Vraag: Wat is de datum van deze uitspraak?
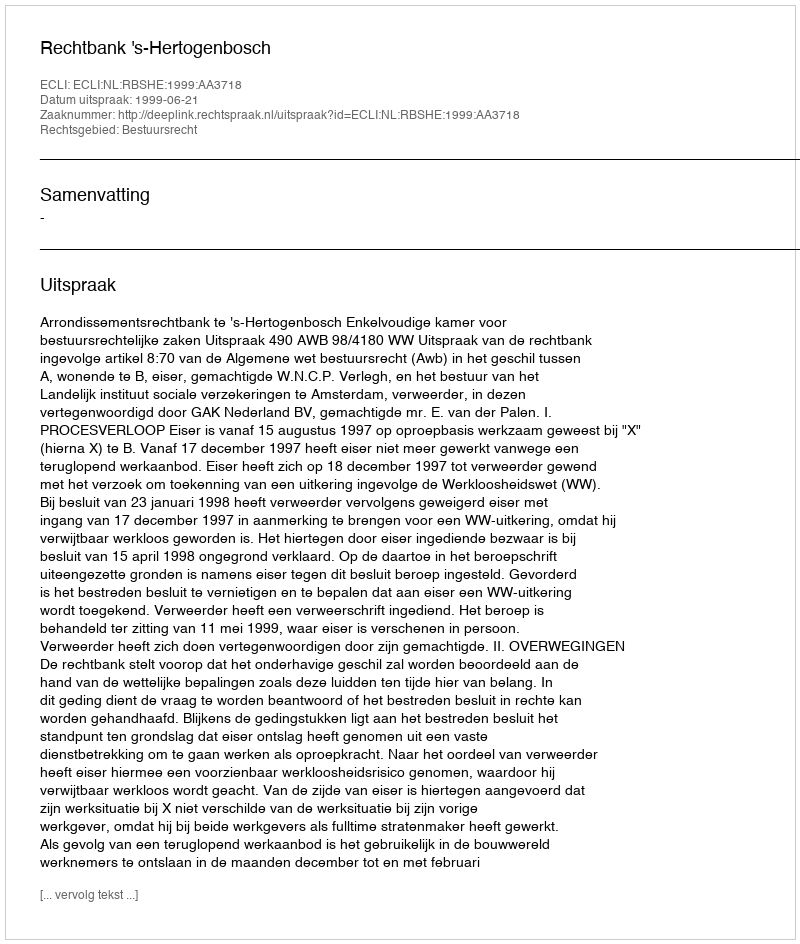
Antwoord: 1999-06-21